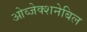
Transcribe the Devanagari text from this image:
ओव्जेक्शनेबिल